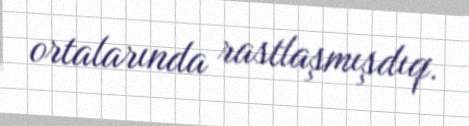
ortalarında rastlaşmışdıq.